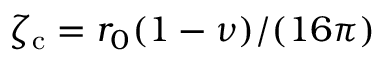
{ \zeta _ { \mathrm { c } } = r _ { 0 } ( 1 - \nu ) / ( 1 6 \pi ) }